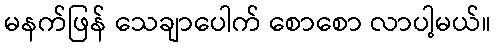
မနက်ဖြန် သေချာပေါက် စောစော လာပါ့မယ်။